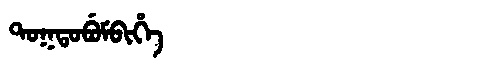
Manchu: ᡨᠣᡴᡨᠣᠪᡠᠮᠪᡳᡥᡝ
Romanization: TOKTOBUMBIHE